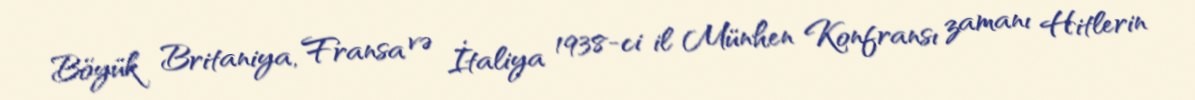
Böyük Britaniya, Fransa və İtaliya 1938-ci il Münhen Konfransı zamanı Hitlerin